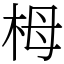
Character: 栂